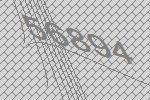
56894